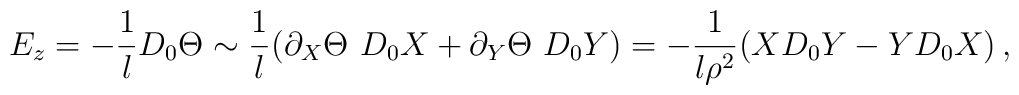
E_z= -{1\over l} D_0 \Theta \sim {1\over l}(   \partial_X\Theta\,\, D_0 X +  \partial_Y\Theta\,\, D_0 Y)  =-{1\over l \rho^2} ( X D_0 Y -  Y D_0 X) \,,